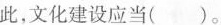
此，文化建设应当( )。